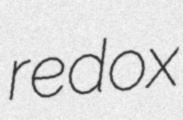
redox